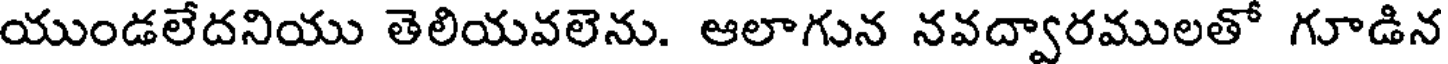
యుండలేదనియు తెలియవలెను. ఆలాగున నవద్వారములతో గూడిన